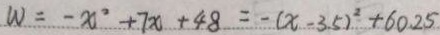
W = - x ^ { 2 } + 7 x + 4 8 = - ( x - 3 . 5 ) ^ { 2 } + 6 0 . 2 5